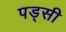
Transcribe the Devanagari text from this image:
पड्सी